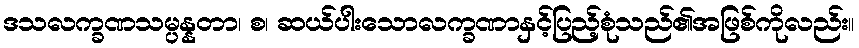
ဒသလက္ခဏသမ္ပန္နတာ၊ စ၊ ဆယ်ပါးသောလက္ခဏာနှင့်ပြည့်စုံသည်၏အဖြစ်ကိုလည်း။